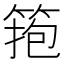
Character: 𥮼